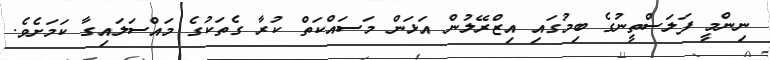
ނިންމީ ފަލަސްތީނުގެ ބިމުގައި އިޒްރޭލުން އަޅަން މަސައްކަތް ކުރާ ގެތަކުގެ މައްސަލައިގާ ކަމަށެވެ.